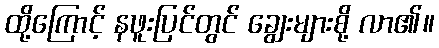
ထို့ကြောင့် နဖူးပြင်တွင် ချွေးများစို့ လာ၏။